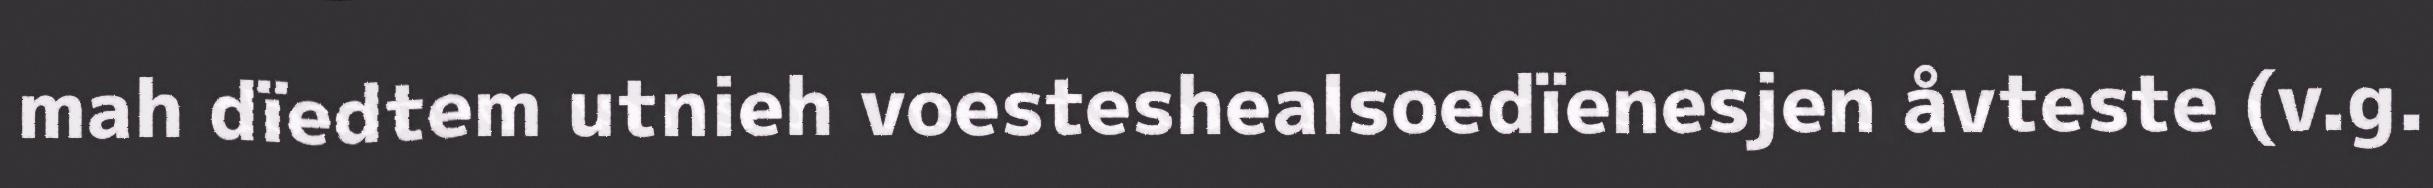
mah dïedtem utnieh voesteshealsoedïenesjen åvteste (v.g.